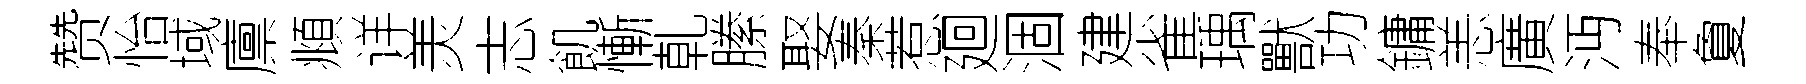
赞怡域廪頫详羙志飢慚乹縢娶秦惹廻涸建雀瑀獸功鏞恙廣沔奉夐